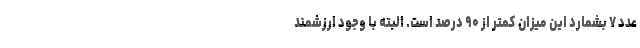
عدد ۷ بشمارد این میزان کمتر از ۹۰ درصد است. البته با وجود ارزشمند